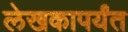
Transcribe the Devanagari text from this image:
लेखकापर्यंत